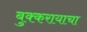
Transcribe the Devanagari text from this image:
बुक्करायाचा